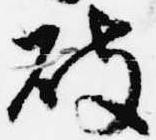
破